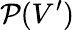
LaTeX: \mathcal{P}(V^{\prime})